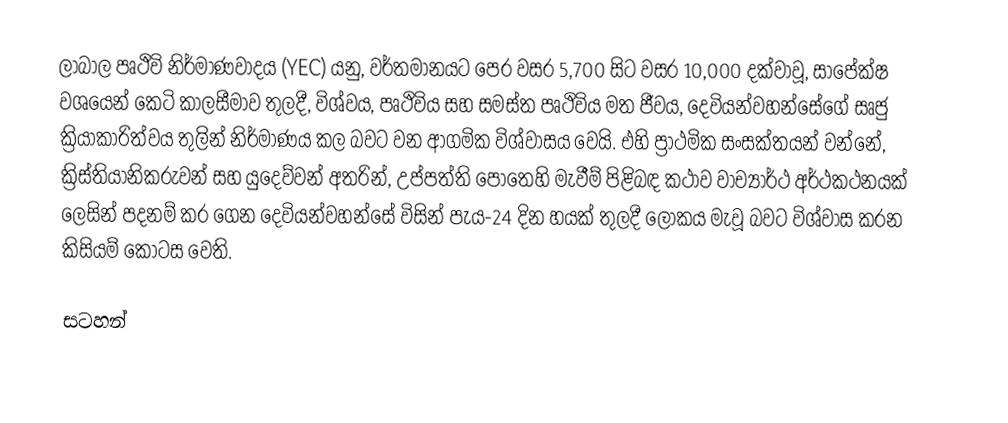
ලාබාල පෘථිවි නිර්මාණවාදය (YEC) යනු,  වර්තමානයට පෙර වසර 5,700 සිට වසර 10,000 දක්වාවූ,  සාපේක්ෂ වශයෙන් කෙටි කාලසීමාව තුලදී, විශ්වය, පෘථිවිය සහ සමස්ත පෘථිවිය මත ජීවය,   දෙවියන්වහන්සේගේ සෘජු ක්‍රියාකාරිත්වය තුලින්  නිර්මාණය කල බවට වන ආගමික විශ්වාසය වෙයි.  එහි ප්‍රාථමික සංසක්තයන් වන්නේ, ක්‍රිස්තියානිකරුවන් සහ යුදෙව්වන් අතරින්, උප්පත්ති පොතෙහි මැවීම් පිළිබඳ කථාව වාච්‍යාර්ථ අර්ථකථනයක් ලෙසින් පදනම් කර ගෙන  දෙවියන්වහන්සේ විසින් පැය-24 දින හයක් තුලදී ලෝකය මැවූ බවට විශ්වාස කරන කිසියම් කොටස වෙති.

සටහන්